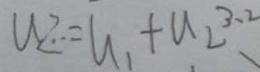
U _ { Z . } = G _ { 1 } + u _ { 2 } 3 . 2